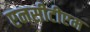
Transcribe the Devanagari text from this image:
एनसीटीएम